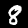
Digit: 8